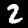
Digit: 2